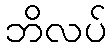
ဘိလပ်